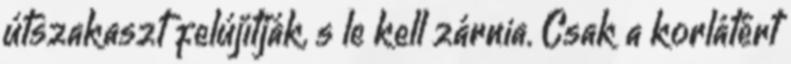
útszakaszt felújítják, s le kell zárnia. Csak a korlátért